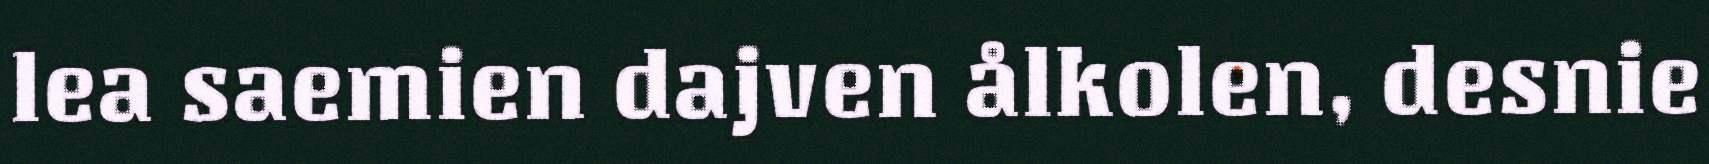
lea saemien dajven ålkolen, desnie